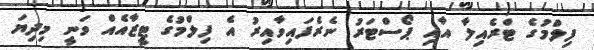
ފިލްމުގެ ޓްރެއިލާ އާއި ޕޯސްޓަރު ނެރެފައިވާއިރު އެ ފިލްމުގެ ޓީޒާއެއް ވަނީ މިދިޔަ